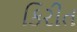
કિરીત